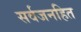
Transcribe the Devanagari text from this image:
सर्वजनहित